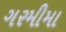
ગરમીમા